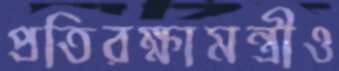
প্রতিরক্ষামন্ত্রীও